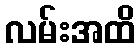
လမ်းအထိ